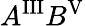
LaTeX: A^{\mathrm{III}}B^{\mathrm{V}}